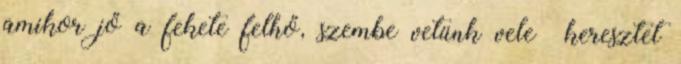
amikor jő a fekete felhő, szembe vetünk vele keresztet